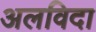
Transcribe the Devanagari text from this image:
अलविदा